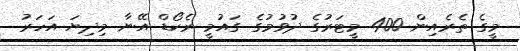
މީގެ ތެރެއިން 400 މީޓަރުގެ ދުވުމުގެ ގައުމީ ރެކޯޑް އޭނާ މިދިޔަ އަހަރު